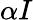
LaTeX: \alpha I